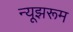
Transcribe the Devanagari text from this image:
न्यूझरूम